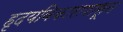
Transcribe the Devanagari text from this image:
हृदयविकारापासून